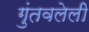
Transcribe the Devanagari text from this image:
गुंतवलेली